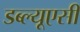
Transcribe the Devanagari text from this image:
डब्ल्यूएसी